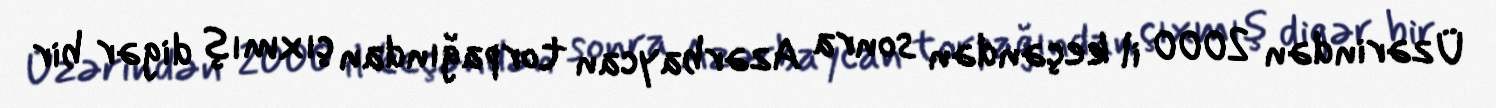
Üzərindən 2000 il keçəndən sonra Azərbaycan torpağından çıxmış digər bir